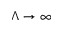
\Lambda \to \infty